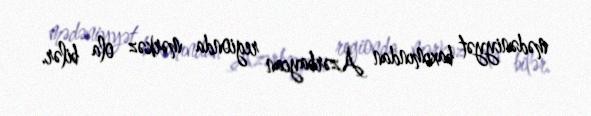
mədəniyyət baxımından Azərbaycan regionda mərkəz ola bilər.